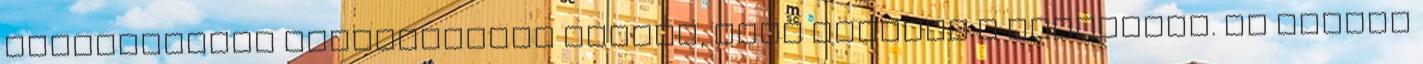
gyerekeinket biztonságban tudjuk, amíg tesszük a dolgunkat. Az persze